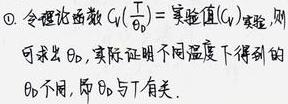
$\textcircled{1}$ 令理论比函数$G_{1}(\frac {1}{\theta _{D}})=\frac {实验值(G_{1})}{实验值(G_{2})}$, 则
可求出$\theta _{D}$. 实际证明不同温度下得到的
$\theta _{D}$不同, 即$\theta _{D}$与$T$有关.